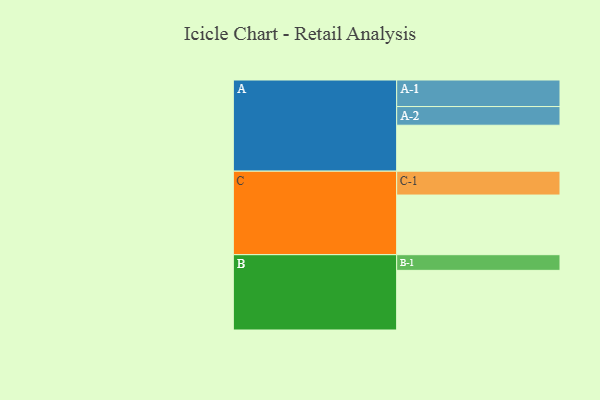
{"axis": {"x": "Segment", "y": "Value"}, "legend": ["", "A", "B", "C"], "data": [{"x": "A", "y": 443, "type": ""}, {"x": "B", "y": 575, "type": ""}, {"x": "C", "y": 575, "type": ""}, {"x": "A-1", "y": 256, "type": "A"}, {"x": "A-2", "y": 180, "type": "A"}, {"x": "B-1", "y": 151, "type": "B"}, {"x": "C-1", "y": 230, "type": "C"}]}